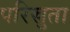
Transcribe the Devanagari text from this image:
परिस्रुता